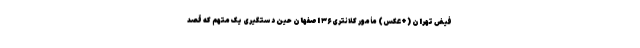
فیض تهران (+عکس) مأمور کلانتری ۳۶ اصفهان حین دستگیری یک متهم که قصد